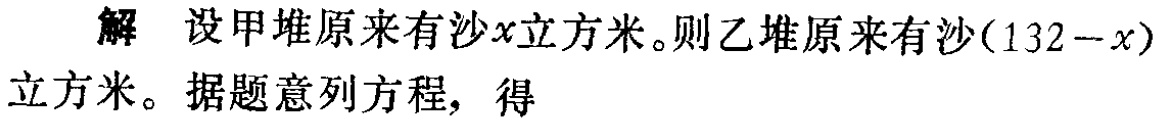
解 设甲堆原来有沙\(x\)立方米。则乙堆原来有沙\((132 - x)\)立方米。据题意列方程，得